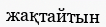
жақтайтын